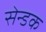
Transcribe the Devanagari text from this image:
सेन्डक